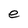
Character: e